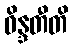
ဝိန္ဒတီတိ